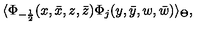
\langle \Phi _ { - \frac { 1 } { 2 } } ( x , \bar { x } , z , \bar { z } ) \Phi _ { j } ( y , \bar { y } , w , \bar { w } ) \rangle _ { \Theta } ,